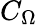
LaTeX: C_{\Omega}